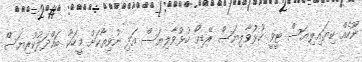
ނޫހެއް ކިޔައިލިޔަސް ޓީވީ ހުޅުވާލިޔަސް ރޭޑިއޯ ހުޅުވާލިޔަސް އަދި ނުވިތާކަށް މީހަކާ ބައްދަލުކުރިޔަސް